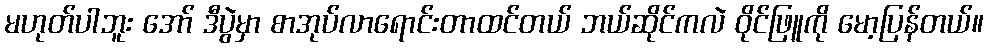
မဟုတ်ပါဘူး အော် ဒီပွဲမှာ စာအုပ်လာရောင်းတာထင်တယ် ဘယ်ဆိုင်ကလဲ ဝိုင်ဖြူကို မော့ပြန်တယ်။